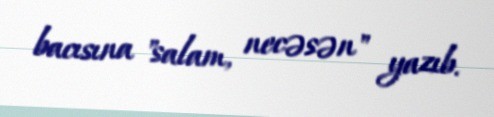
bacısına "salam, necəsən" yazıb.